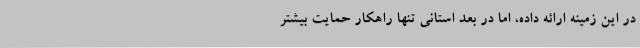
در این زمینه ارائه داده، اما در بعد استانی تنها راهکار حمایت بیشتر